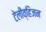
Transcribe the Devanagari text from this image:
टेलीव्हिजन